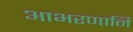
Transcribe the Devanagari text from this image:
आभरणानि